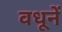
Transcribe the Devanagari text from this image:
वधूनें